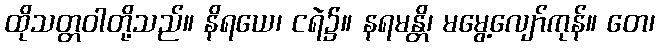
ထိုသတ္တဝါတို့သည်။ နိရယေ၊ ငရဲ၌။ နရမန္တိ၊ မမွေ့လျော်ကုန်။ တေ၊